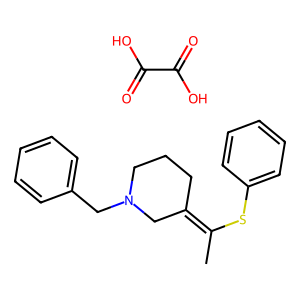
SMILES: CC(Sc1ccccc1)=C1CCCN(Cc2ccccc2)C1.O=C(O)C(=O)O
Inhibits HIV replication: No